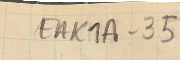
EAK1A-35